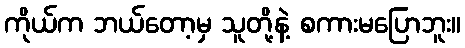
ကိုယ်က ဘယ်တော့မှ သူတို့နဲ့ စကားမပြောဘူး။